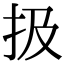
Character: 扱